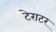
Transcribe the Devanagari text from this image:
टेराटर